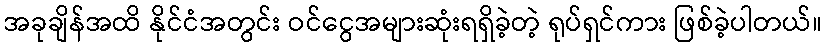
အခုချိန်အထိ နိုင်ငံအတွင်း ဝင်ငွေအများဆုံးရရှိခဲ့တဲ့ ရုပ်ရှင်ကား ဖြစ်ခဲ့ပါတယ်။